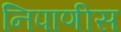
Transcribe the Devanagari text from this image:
निपाणीस